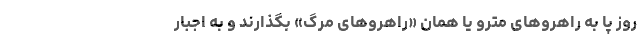
روز پا به راهروهای مترو یا همان «راهروهای مرگ» بگذارند و به اجبار